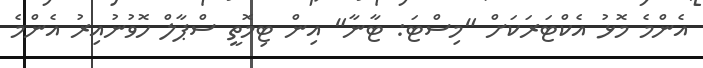
އެންމެ މޮޅު އެކްޓަރަކަށް "މިސްޓަ: ޓާނާ" އިން ޓިމޮތީ ސްޕާލް ހޮވުނުއިރު އެންމެ